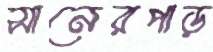
সানেরপাড়